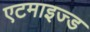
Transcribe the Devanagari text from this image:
एटमाइज्ड